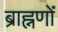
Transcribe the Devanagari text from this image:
ब्राह्नणों